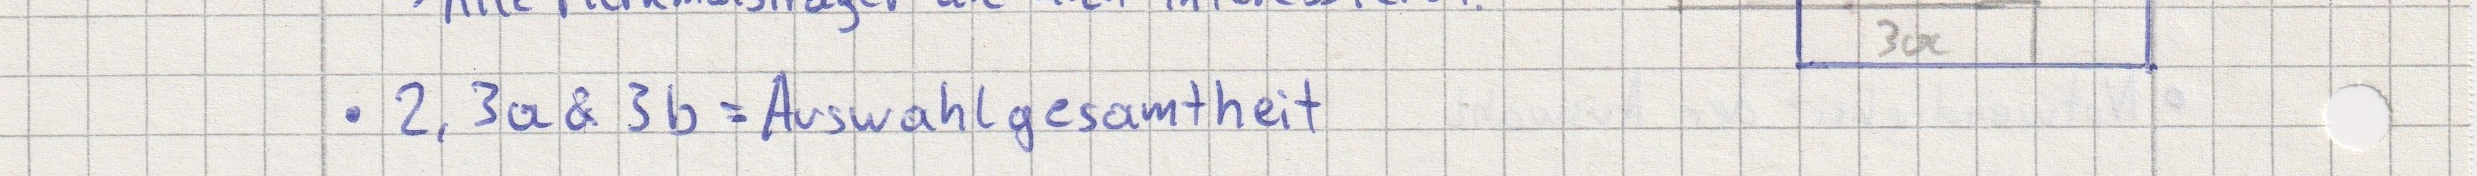
- 2, 3a & 3b = Auswahlgesamtheit